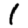
Digit: 1